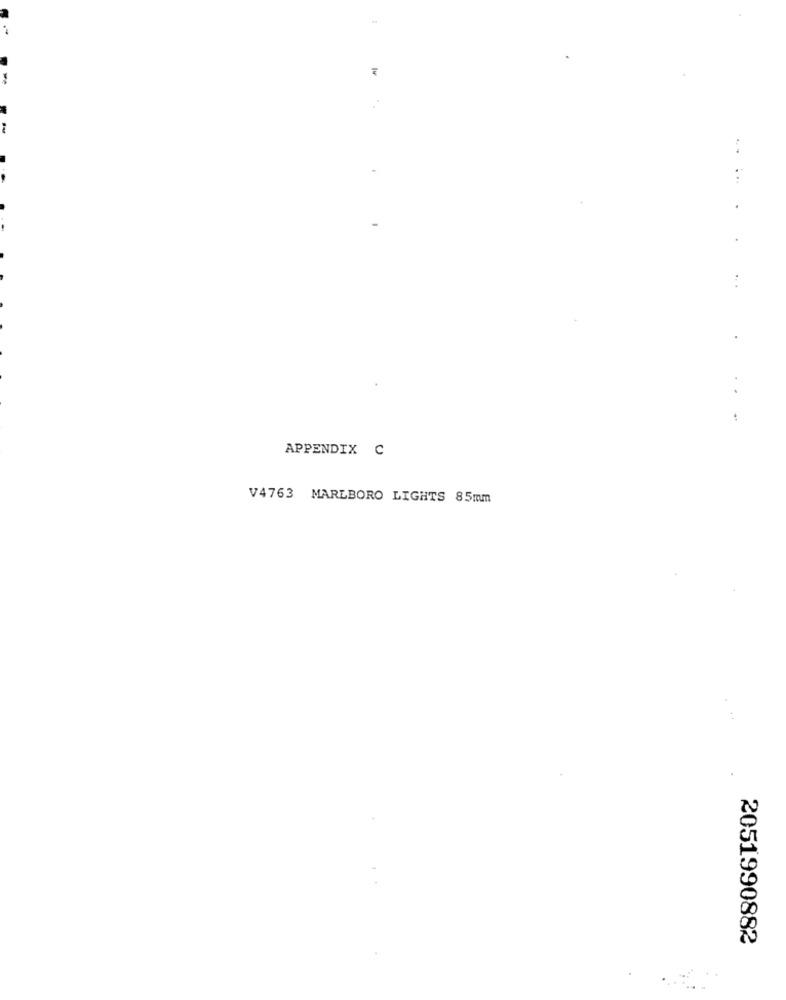
APPENDIX C
V4763 MARLBORO LIGHTS 85mm
2051990882